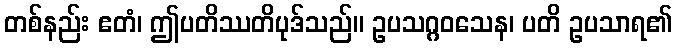
တစ်နည်း ဧတံ၊ ဤပတိဿတိပုဒ်သည်။ ဥပသဂ္ဂဝသေန၊ ပတိ ဥပသာရ၏